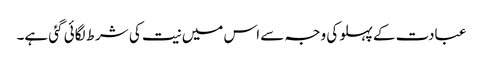
عبادت کے پہلو کی وجہ سے اس میں نیت کی شرط لگائی گئی ہے۔